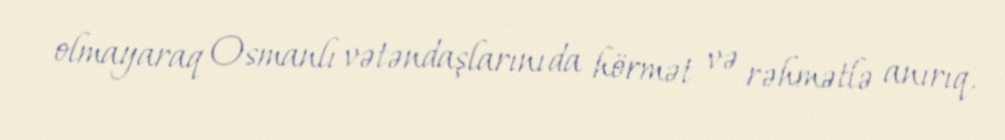
olmayaraq Osmanlı vətəndaşlarını da hörmət və rəhmətlə anırıq.